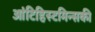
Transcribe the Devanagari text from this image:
आंटिहिस्टमिन्सकी